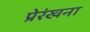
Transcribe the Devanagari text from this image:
प्रेरंखना